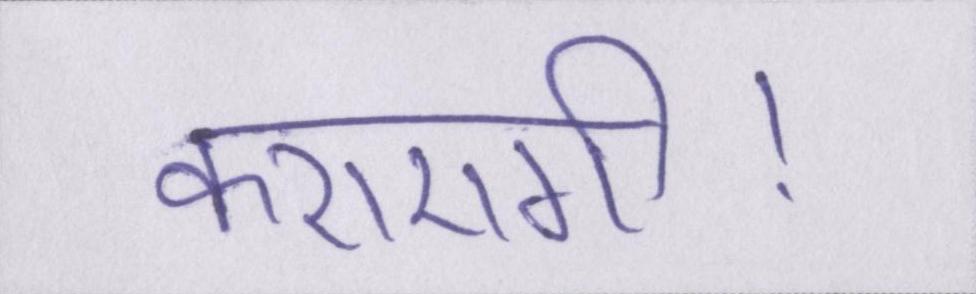
कराएगी।